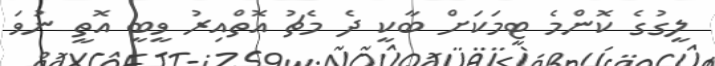
ލީގުގެ ކޮންމެ ޓީމަކަށް ބާކީ ދެ މެޗު އޮތްއިރު ވީބީ އޮތީ ނުވަ